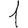
Digit: 1